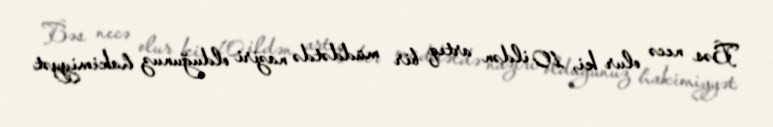
Bəs necə olur ki, 10 ildən artıq bir müddətdə naziri olduğunuz hakimiyyət